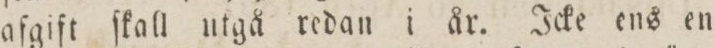
afgift ſkall utgå redan i år. Icke ens en